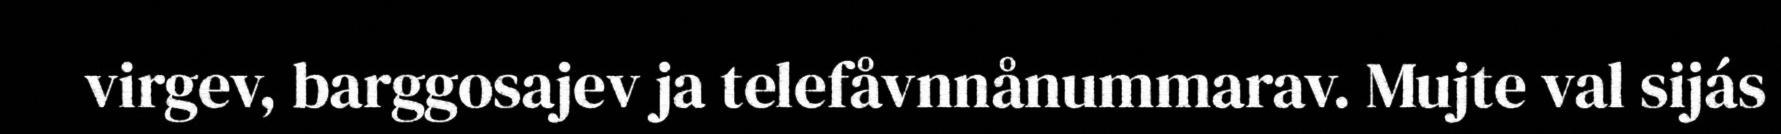
virgev, barggosajev ja telefåvnnånummarav. Mujte val sijás